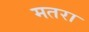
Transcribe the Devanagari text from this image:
मतरा